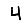
Digit: 4